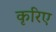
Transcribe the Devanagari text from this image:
कृरिए